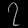
Digit: ၇